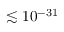
\lesssim 1 0 ^ { - 3 1 }